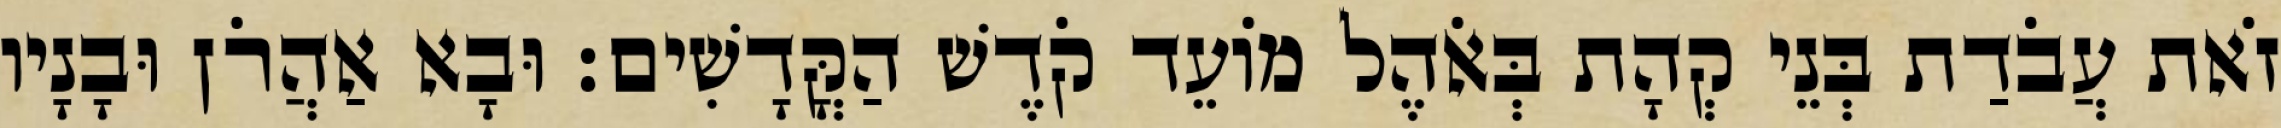
זֹאת עֲבֹדַת בְּנֵי קְהָת בְּאֹהֶל מוֹעֵד קֹדֶשׁ הַקֳּדָשִׁים׃ וּבָא אַהֲרֹן וּבָנָיו